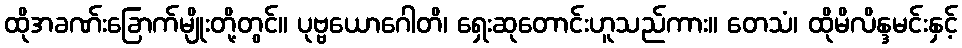
ထိုအခဏ်းခြောက်မျိုးတို့တွင်။ ပုဗ္ဗယောဂေါတိ၊ ရှေးဆုတောင်းဟူသည်ကား။ တေသံ၊ ထိုမိလိန္ဒမင်းနှင့်